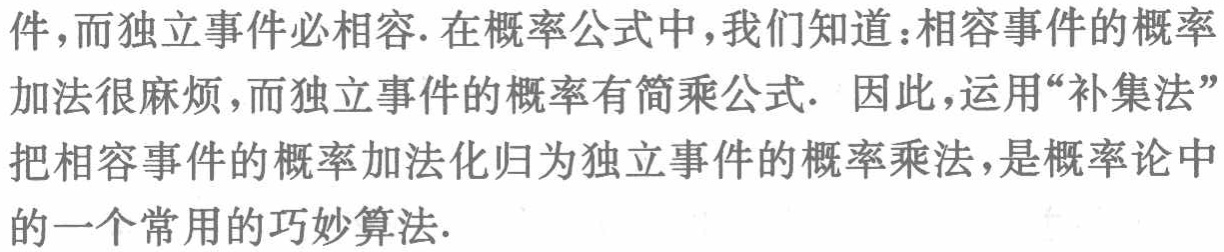
件，而独立事件必相容. 在概率公式中，我们知道：相容事件的概率加法很麻烦，而独立事件的概率有简乘公式. 因此，运用“补集法”把相容事件的概率加法化归为独立事件的概率乘法，是概率论中的一个常用的巧妙算法.